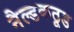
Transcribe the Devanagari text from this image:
नैल्डकठूड